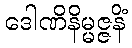
ဒေါဏိနိမ္မဇ္ဇနိံ